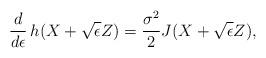
LaTeX: \begin{align*} \frac{d}{d \epsilon}\,h(X + \sqrt{\epsilon} Z) = \frac{\sigma^2}{2} J(X + \sqrt{\epsilon} Z), \end{align*}